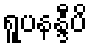
ရူပနန္ဒီပိ